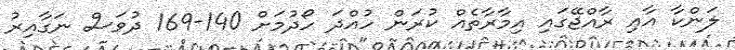
ލަންކާ އާއި ރާއްޖޭގައި އިމާރާތެއް ކުރަން ހުއްދަ ހޯދުމަށް 140-169 ދުވަސް ނަގާއިރު